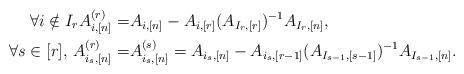
LaTeX: \begin{align*} \forall i \notin I_r A_{i,[n]}^{(r)} =& A_{i,[n]} - A_{i,[r]} (A_{I_r,[r]})^{-1} A_{I_r,[n]},\\\forall s \in [r],\, A_{i_s,[n]}^{(r)} =& A_{i_s,[n]}^{(s)} = A_{i_s,[n]}- A_{i_s,[r-1]} (A_{I_{s-1},[s-1]})^{-1} A_{I_{s-1},[n]}.\end{align*}